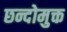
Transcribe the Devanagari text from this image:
छन्दोमुक्त